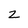
Character: z